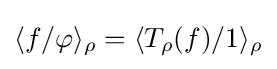
\langle f/\varphi \rangle _{\rho }=\langle T_{\rho }(f)/1\rangle _{\rho }